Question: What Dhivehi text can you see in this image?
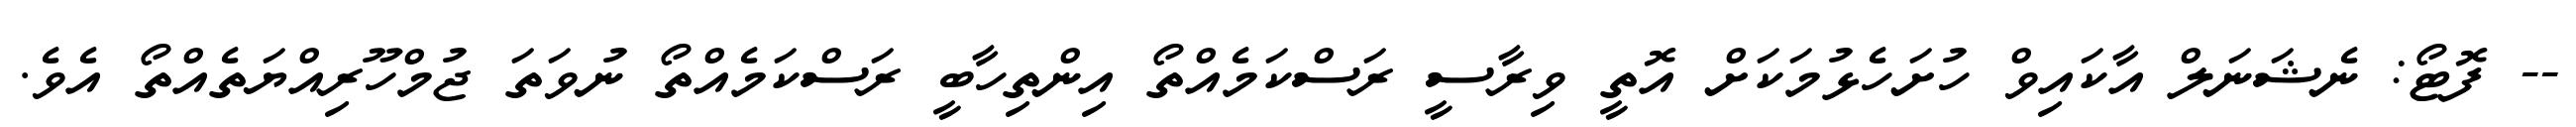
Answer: -- ފޮޓޯ: ނެޝަނަލް އާކައިވް ހުށަހެޅުމަކަށް އޮތީ ވިރާސީ ރަސްކަމެއްތޯ އިންތިހާބީ ރަސްކަމެއްތޯ ނުވަތަ ޖުމްހޫރިއްޔަތެއްތޯ އެވެ.